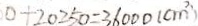
0 + 2 0 2 5 0 = 3 6 0 0 0 ( c m ^ { 2 } )